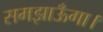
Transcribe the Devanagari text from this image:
समझाऊँगा।